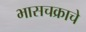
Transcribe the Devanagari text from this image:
भासचक्राचे